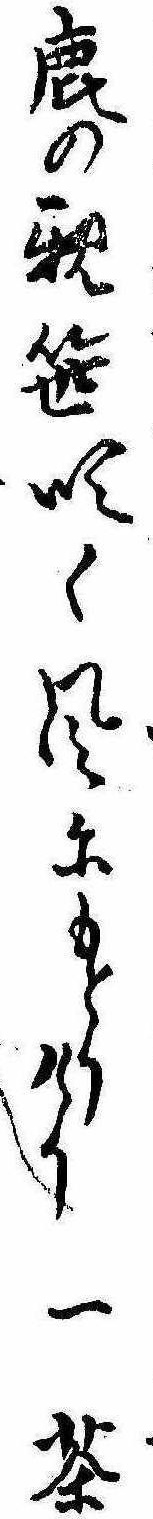
鹿の親笹吹く風にもとりけり一茶